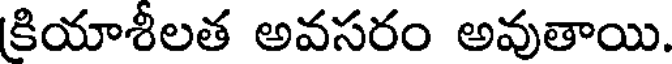
కియాశీలత అవసరం అవుతాయి.